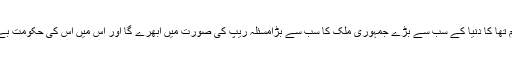
کہاں کسی کو معلوم تھا کا دنیا کے سب سے بڑے جمہوری ملک کا سب سے بڑامسئلہ ریپ کی صورت میں ابھرے گا اور اس میں اس کی حکومت بے بس نظر آئے گی۔